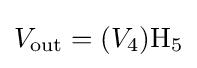
V_{\mathrm {out} }=(V_{4})\mathrm {H_{5}}